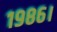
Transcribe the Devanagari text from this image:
१९८६।